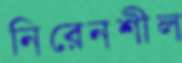
নিরেনশীল